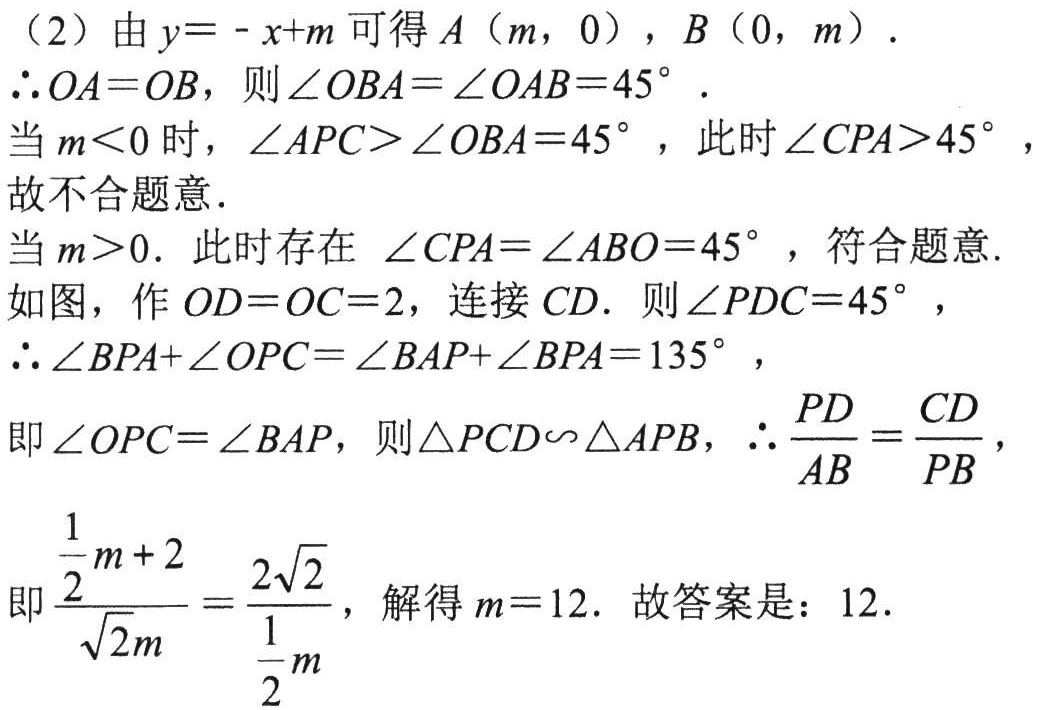
（2）由$y=-x + m$可得$A\left(m,0\right)$，$B\left(0,m\right)$．
$\therefore OA = OB$，则$\angle OBA=\angle OAB = 45^{\circ}$．
当$m\lt0$时，$\angle APC\gt\angle OBA = 45^{\circ}$，此时$\angle CPA\gt45^{\circ}$，故不合题意．
当$m\gt0$．此时存在 $\angle CPA=\angle ABO = 45^{\circ}$，符合题意.
如图，作$OD = OC = 2$，连接$CD$．则$\angle PDC = 45^{\circ}$，
$\therefore\angle BPA+\angle OPC=\angle BAP+\angle BPA = 135^{\circ}$，
即$\angle OPC=\angle BAP$，则$\triangle PCD\backsim\triangle APB$，$\therefore\frac{PD}{AB}=\frac{CD}{PB}$，
即$\frac{\frac{1}{2}m + 2}{\sqrt{2}m}=\frac{2\sqrt{2}}{\frac{1}{2}m}$，解得$m = 12$．故答案是：$12$．